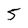
Character: 5